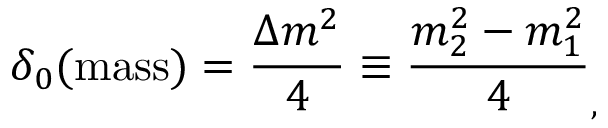
\delta _ { 0 } ( \mathrm { m a s s } ) = \frac { \Delta m ^ { 2 } } { 4 } \equiv \frac { m _ { 2 } ^ { 2 } - m _ { 1 } ^ { 2 } } { 4 } _ { , }